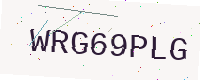
Text: WRG69PLG